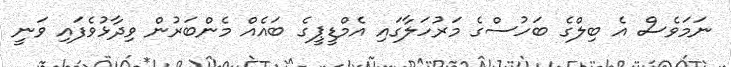
ނަމަވެސް އެ ބިލްގެ ބަހުސްގެ މަރުހަލާގައި އެމްޑީޕީގެ ބައެއް މެންބަރުން ވިދާޅުވެފައި ވަނީ